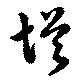
増